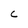
Character: C